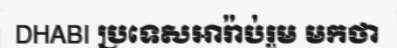
DHABI ប្រទេសអារ៉ាប់រួម មកថា